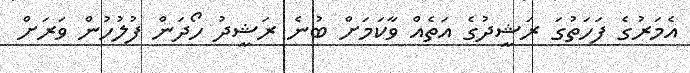
އެމަރުގެ ފަހަތުގަ ރަޝީދުގެ އަތެއް ވާކަމަށް ބުނެ ރަޝީދު ހޯދަން ފުލުހުން ވަރަށް